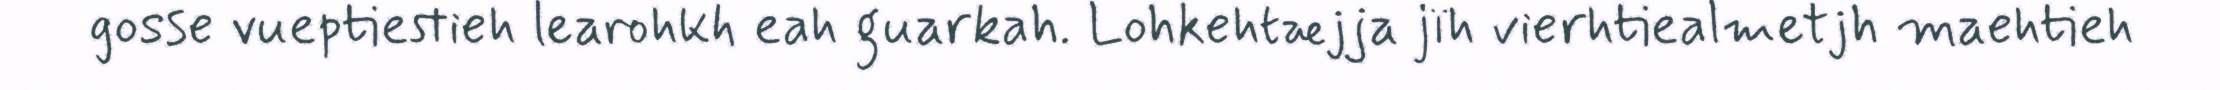
gosse vueptiestieh learohkh eah guarkah. Lohkehtæjja jïh vierhtiealmetjh maehtieh